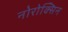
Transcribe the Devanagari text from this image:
नोरोक्सिन